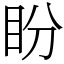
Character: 盼